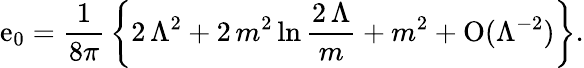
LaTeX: \mathrm{e}_{0}={\frac{{1}}{{8\pi}}}\left\{ 2\, \Lambda^{2}+2\, {m^{2}}\ln{\frac{{2\, \Lambda}}{{m}}}+{m^{2}}+\mathrm{{O}}(\Lambda^{-2})\right\} .